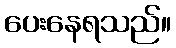
ပေးနေရသည်။